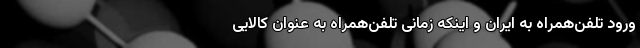
ورود تلفن‌همراه به ایران و اینکه زمانی تلفن‌همراه به عنوان کالایی